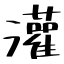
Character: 灌